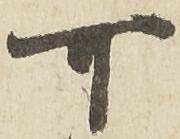
可